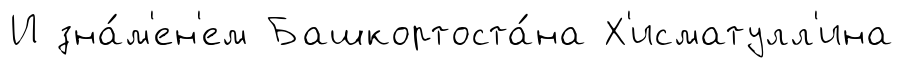
И зна́м'ен'ем Башкортоста́на Х'исматулл'ина